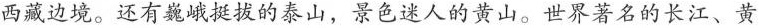
西藏边境。还有巍峨挺拔的泰山，景色迷人的黄山。世界著名的长江、黄